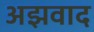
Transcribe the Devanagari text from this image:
अझवाद